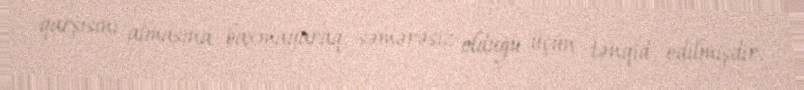
qarşısını almasına baxmayaraq, səmərəsiz olduğu üçün tənqid edilmişdir.